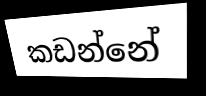
කඩන්නේ